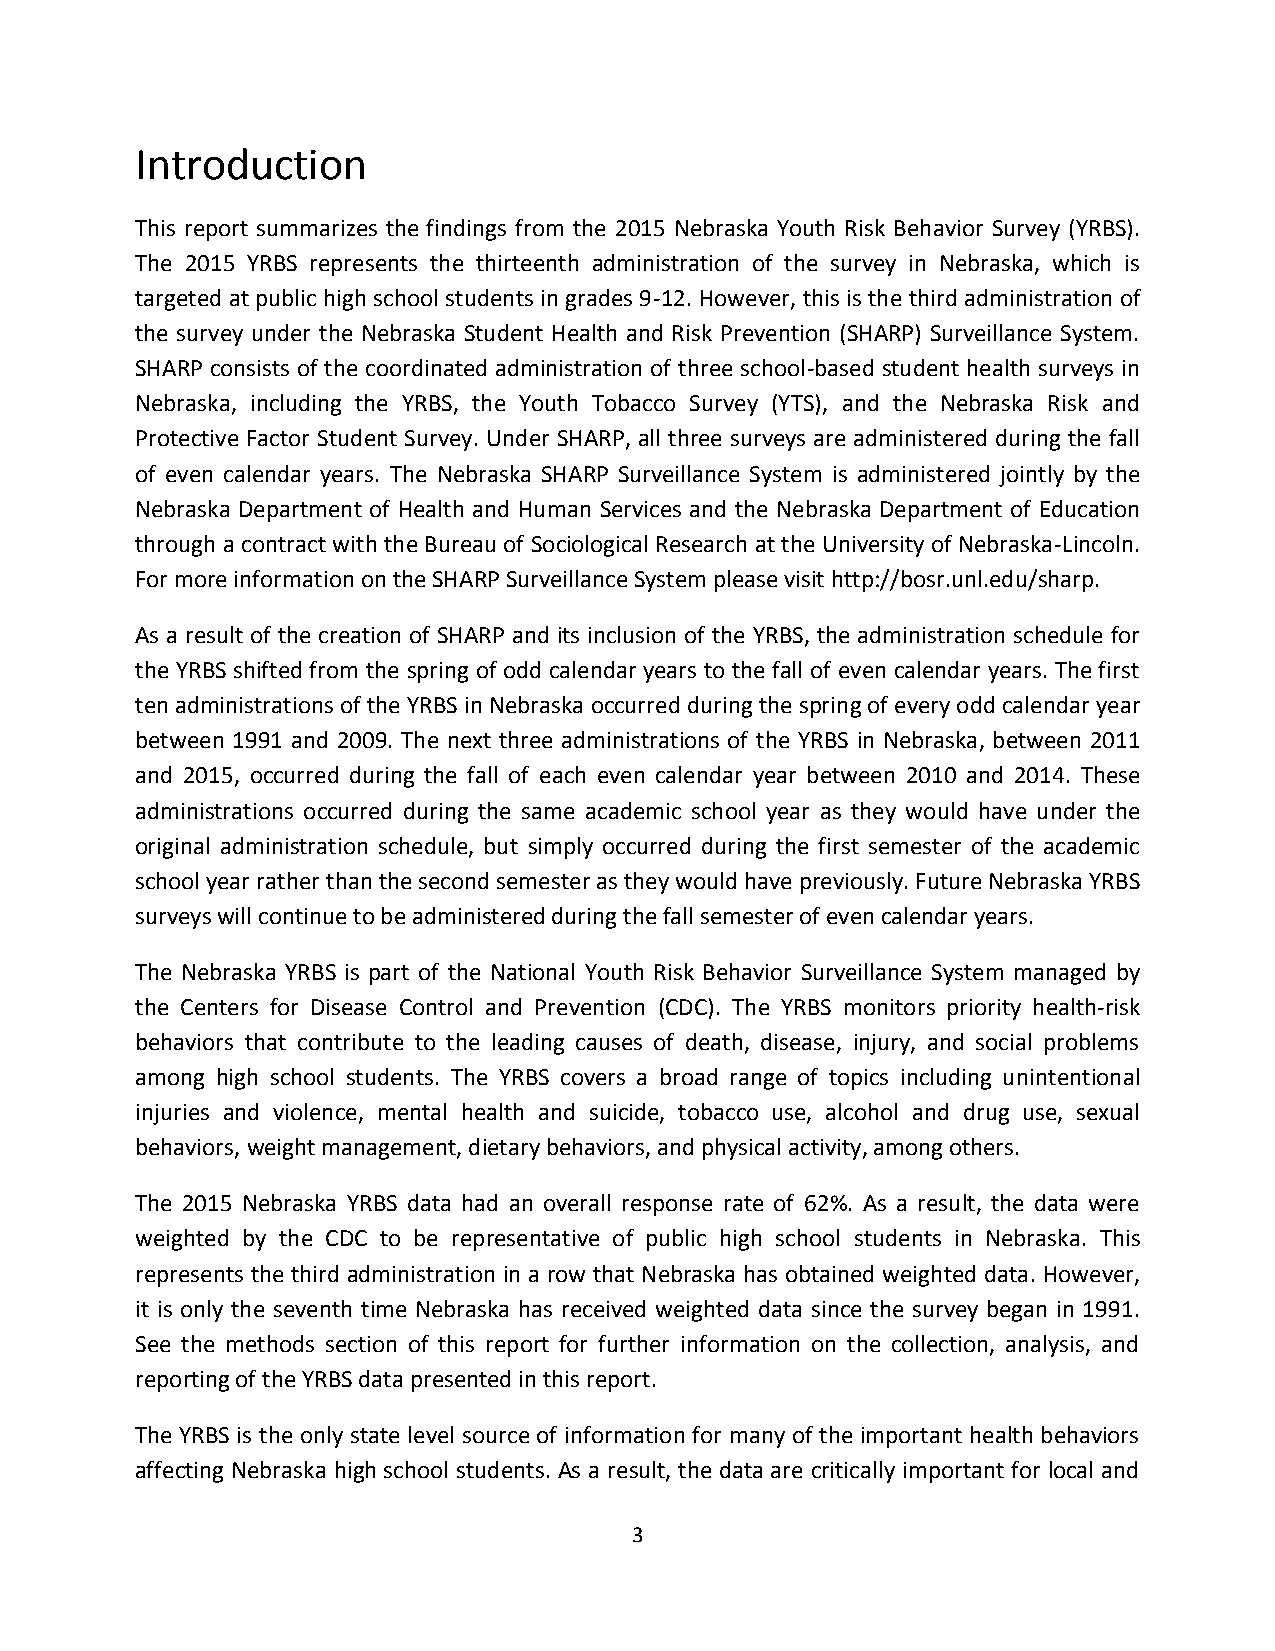
Introduction
 This report summarizes the findings from the 2015 Nebraska Youth Risk Behavior Survey (YRBS).
 The 2015 YRBS represents the thirteenth administration of the survey in Nebraska, which is
 targeted at public high school students in grades 9-12. However, this is the third administration of
 the survey under the Nebraska Student Health and Risk Prevention (SHARP) Surveillance System.
 SHARP consists of the coordinated administration of three school-based student health surveys in
 Nebraska, including the YRBS, the Youth Tobacco Survey (YTS), and the Nebraska Risk and
 Protective Factor Student Survey. Under SHARP, all three surveys are administered during the fall
 of even calendar years. The Nebraska SHARP Surveillance System is administered jointly by the
 Nebraska Department of Health and Human Services and the Nebraska Department of Education
 through a contract with the Bureau of Sociological Research at the University of Nebraska-Lincoln.
 For more information on the SHARP Surveillance System please visit http://bosr.unl.edu/sharp.
 As a result of the creation of SHARP and its inclusion of the YRBS, the administration schedule for
 the YRBS shifted from the spring of odd calendar years to the fall of even calendar years. The first
 ten administrations of the YRBS in Nebraska occurred during the spring of every odd calendar year
 between 1991 and 2009. The next three administrations of the YRBS in Nebraska, between 2011
 and 2015, occurred during the fall of each even calendar year between 2010 and 2014. These
 administrations occurred during the same academic school year as they would have under the
 original administration schedule, but simply occurred during the first semester of the academic
 school year rather than the second semester as they would have previously. Future Nebraska YRBS
 surveys will continue to be administered during the fall semester of even calendar years.
 The Nebraska YRBS is part of the National Youth Risk Behavior Surveillance System managed by
 the Centers for Disease Control and Prevention (CDC). The YRBS monitors priority health-risk
 behaviors that contribute to the leading causes of death, disease, injury, and social problems
 among high school students. The YRBS covers a broad range of topics including unintentional
 injuries and violence, mental health and suicide, tobacco use, alcohol and drug use, sexual
 behaviors, weight management, dietary behaviors, and physical activity, among others.
 The 2015 Nebraska YRBS data had an overall response rate of 62%. As a result, the data were
 weighted by the CDC to be representative of public high school students in Nebraska. This
 represents the third administration in a row that Nebraska has obtained weighted data. However,
 it is only the seventh time Nebraska has received weighted data since the survey began in 1991.
 See the methods section of this report for further information on the collection, analysis, and
 reporting of the YRBS data presented in this report.
 The YRBS is the only state level source of information for many of the important health behaviors
 affecting Nebraska high school students. As a result, the data are critically important for local and
 3